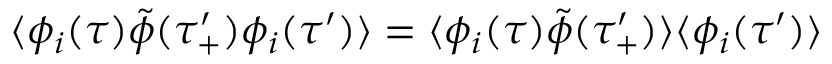
\langle \phi _ { i } ( \tau ) \tilde { \phi } ( \tau _ { + } ^ { \prime } ) \phi _ { i } ( \tau ^ { \prime } ) \rangle = \langle \phi _ { i } ( \tau ) \tilde { \phi } ( \tau _ { + } ^ { \prime } ) \rangle \langle \phi _ { i } ( \tau ^ { \prime } ) \rangle